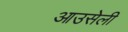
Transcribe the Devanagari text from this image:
आउसेली